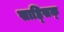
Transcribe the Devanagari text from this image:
साह्सिक्